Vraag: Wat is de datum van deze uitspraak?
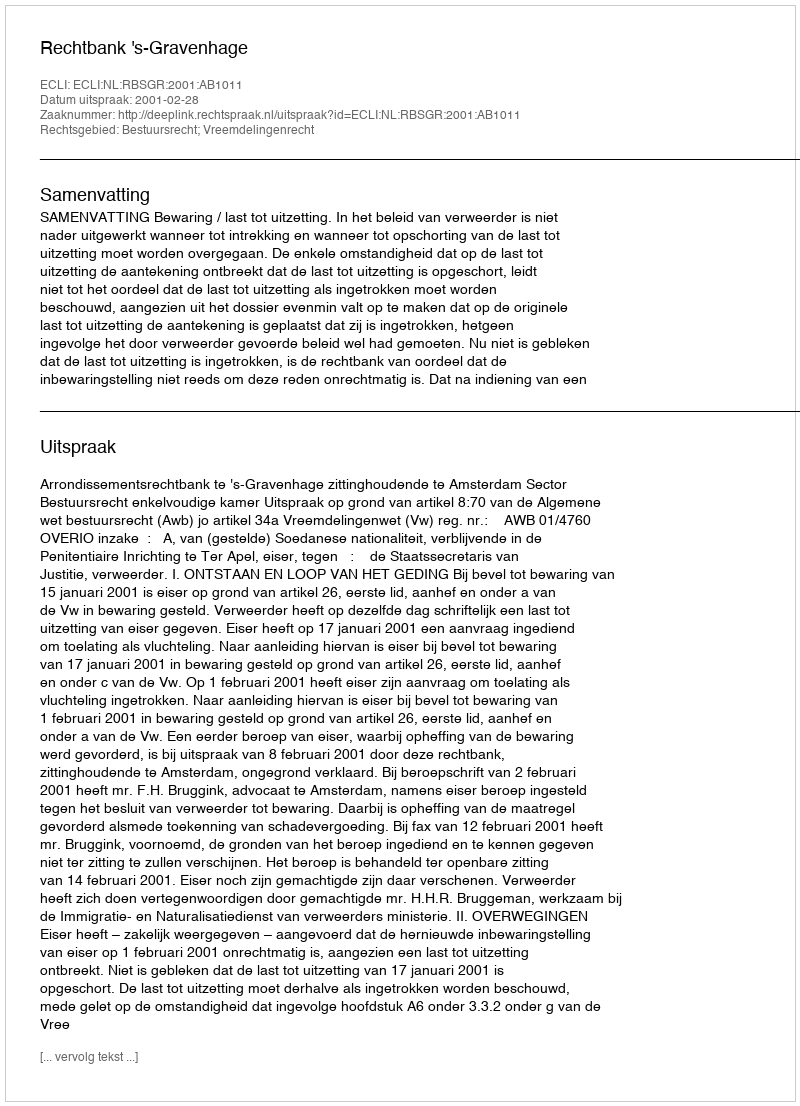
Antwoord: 2001-02-28